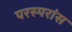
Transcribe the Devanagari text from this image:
परस्परांस